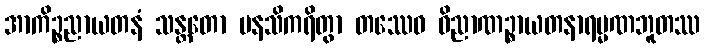
အာကိဉ္စညာယတနံ သန္တတော မနသိကရိတွာ တဿေဝ ဝိညာဏဉ္စာယတနာရမ္မဏဘူတဿ